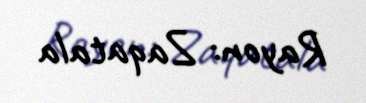
Rayon: Zaqatala